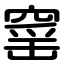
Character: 窰